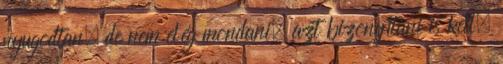
nyugodtan, de nem elég mondani, azt bizonyítani is kell.